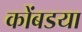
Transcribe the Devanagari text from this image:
कोंबडया